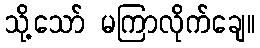
သို့သော် မကြာလိုက်ချေ။